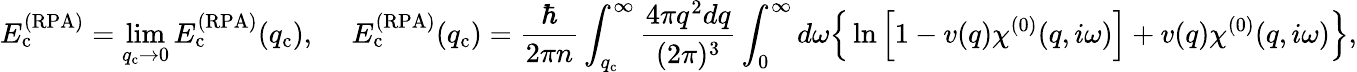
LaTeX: E_{\mathrm{c}}^{(\mathrm{RPA})}=\operatorname*{lim}_{q_{\mathrm{c}}\rightarrow 0}E_{\mathrm{c}}^{(\mathrm{RPA})}(q_{\mathrm{c}}),\ \ \ \ \ E_{\mathrm{c}}^{(\mathrm{RPA})}(q_{\mathrm{c}})=\frac{\hbar}{2\pi n}\int_{q_{\mathrm{c}}}^{\infty}\frac{4\pi q^{2}dq}{(2\pi)^{3}}\int_{0}^{\infty}d\omega\Big\{ \ln\left[1-v(q)\chi^{(0)}(q,i\omega)\right]+v(q)\chi^{(0)}(q,i\omega)\Big\} ,